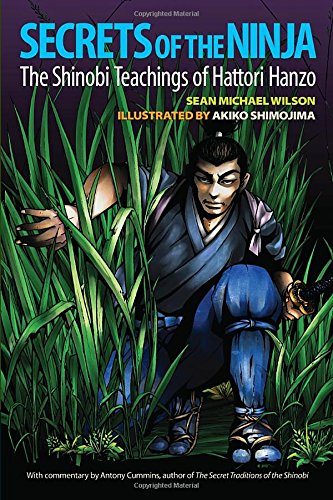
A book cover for Secrets of the Ninja: The Shinobi Teachings of Hattori Hanzo; Sean Michael Wilson; Comics & Graphic Novels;